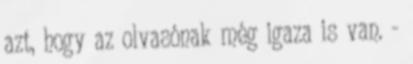
azt, hogy az olvasónak még igaza is van. -